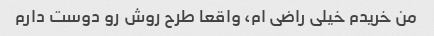
من خریدم خیلی راضی ام، واقعا طرح روش رو دوست دارم